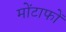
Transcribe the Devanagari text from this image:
मोंटाफों